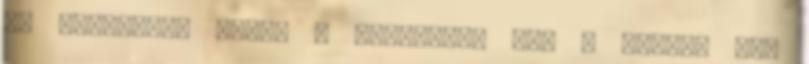
te akaratod, amint a mennyben, úgy a földön is”